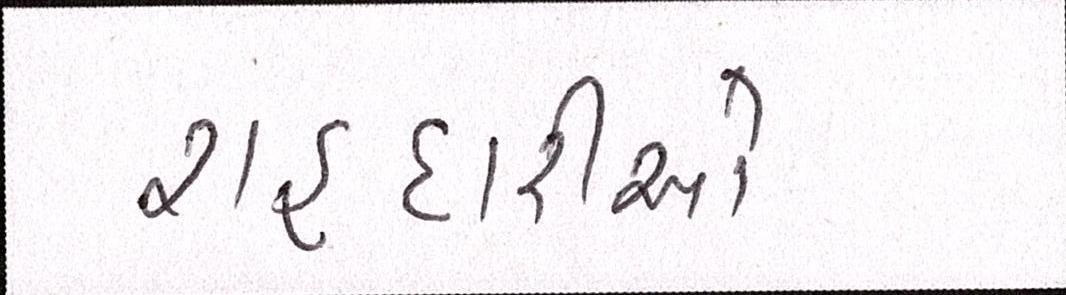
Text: રાહદારીઓ